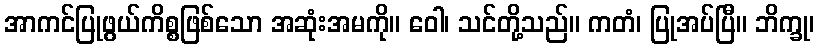
အာကင်ပြုဖွယ်ကိစ္စဖြစ်သော အဆုံးအမကို။ ဝေါ၊ သင်တို့သည်။ ကတံ၊ ပြုအပ်ပြီ။ ဘိက္ခု၊